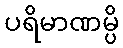
ပရိမာဏမ္ပိ